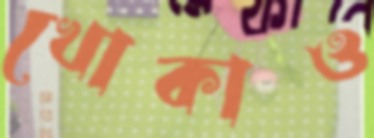
খোকাও